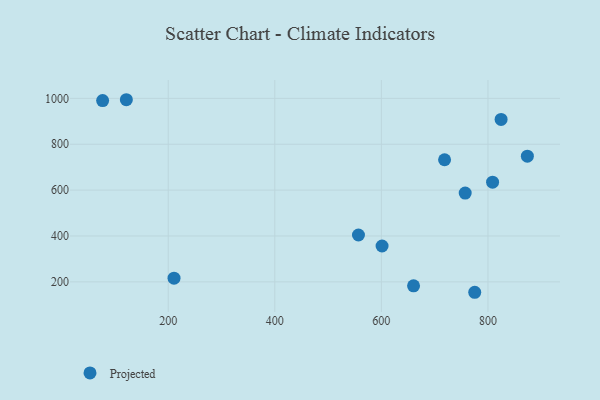
{"axis": {"x": "Investment", "y": "Exam Score"}, "legend": ["Projected"], "data": [{"x": "660.4", "y": 182.7, "type": "Projected"}, {"x": "557.0", "y": 404.3, "type": "Projected"}, {"x": "824.7", "y": 908.2, "type": "Projected"}, {"x": "121.4", "y": 994.1, "type": "Projected"}, {"x": "718.6", "y": 732.3, "type": "Projected"}, {"x": "601.3", "y": 356.3, "type": "Projected"}, {"x": "210.9", "y": 215.9, "type": "Projected"}, {"x": "874.0", "y": 748.2, "type": "Projected"}, {"x": "775.2", "y": 154.6, "type": "Projected"}, {"x": "808.7", "y": 634.5, "type": "Projected"}, {"x": "76.9", "y": 990.5, "type": "Projected"}, {"x": "757.3", "y": 587.3, "type": "Projected"}]}